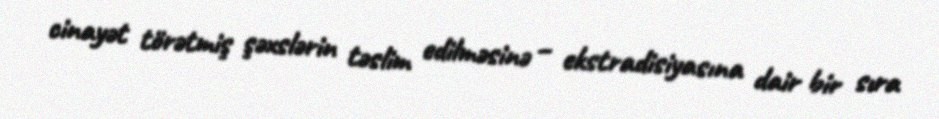
cinayət törətmiş şəxslərin təslim edilməsinə – ekstradisiyasına dair bir sıra